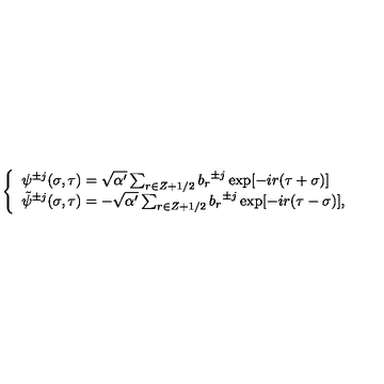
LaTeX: \left\{ \begin{array} { l } { { \psi } ^ { \pm j } ( \sigma , \tau ) = \sqrt { \alpha ^ { \prime } } \sum _ { r \in Z + 1 / 2 } { b _ { r } } ^ { \pm j } \exp [ - i r ( \tau + \sigma ) ] } \\ { { \tilde { \psi } } ^ { \pm j } ( \sigma , \tau ) = - \sqrt { \alpha ^ { \prime } } \sum _ { r \in Z + 1 / 2 } { b _ { r } } ^ { \pm j } \exp [ - i r ( \tau - \sigma ) ] , } \\ \end{array} \right.